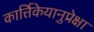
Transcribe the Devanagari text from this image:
कार्त्तिकेयानुप्रेक्षा